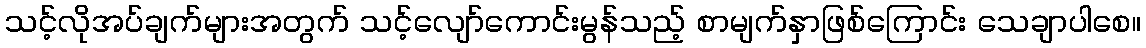
သင့်လိုအပ်ချက်များအတွက် သင့်လျော်ကောင်းမွန်သည့် စာမျက်နှာဖြစ်ကြောင်း သေချာပါစေ။